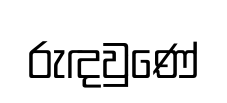
රුඳවුණේ